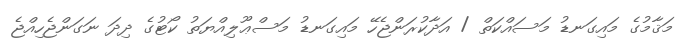
މަޤާމުގެ މައިގަނޑު މަސައްކަތް / އަދާކުރަންޖެހޭ މައިގަނޑު މަސްޢޫލިއްޔަތު ކޯޓުގެ ދިދަ ނަގަންޖެހިއްޖެ